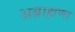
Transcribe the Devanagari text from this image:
अब्राह्मणा